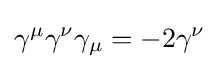
\gamma ^{\mu }\gamma ^{\nu }\gamma _{\mu }=-2\gamma ^{\nu }